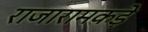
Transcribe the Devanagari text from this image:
राजारामकड़े